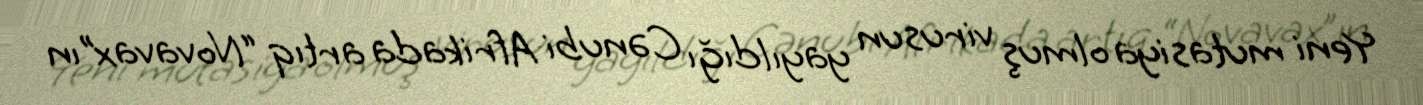
Yeni mutasiya olmuş virusun yayıldığı Cənubi Afrikada artıq “Novavax”ın